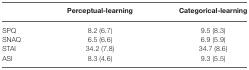
|  | Perceptual-learning | Categorical-learning |
 | --- | --- | --- |
 | SPQ | 8.2 (6.7) | 9.5 (8.3) |
 | SNAQ | 6.5 (6.6) | 6.9 (5.9) |
 | STAI | 34.2 (7.8) | 34.7 (8.6) |
 | ASI | 8.3 (4.6) | 9.3 (5.5) |